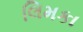
લિમકા